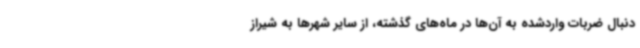
‌دنبال ضربات واردشده به آن‌ها در ماه‌های گذشته، از سایر شهرها به شیراز